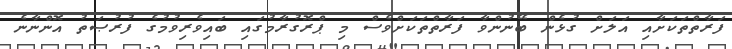
ފަރާތްތަކަށާއި އަލަށް ގުޅެން ބޭނުންވާ ފަރާތްތަކަށްވެސް މި ޕްރޮގުރާމުގައި ބައިވެރިވުމުގެ ފުރުޞަތު އޮންނާނެ